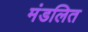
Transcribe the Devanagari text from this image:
मंडलित